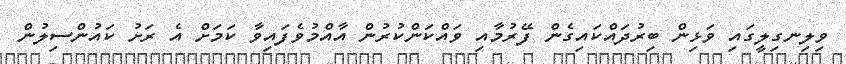
ވިލިނގިލީގައި ވަޅިން ބިރުދައްކައިގެން ފޭރުމާއި ވައްކަންކުރުން އާއްމުވެފައިވާ ކަމަށް އެ ރަށު ކައުންސިލުން